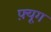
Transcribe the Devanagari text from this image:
फ़्यूग